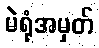
မဲရုံအမှတ်